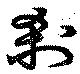
刹